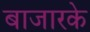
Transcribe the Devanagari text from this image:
बाजारके